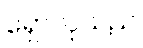
ရှောလုသည်